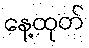
နေ့ထုတ်